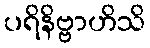
ပရိနိဗ္ဗာဟိသိ